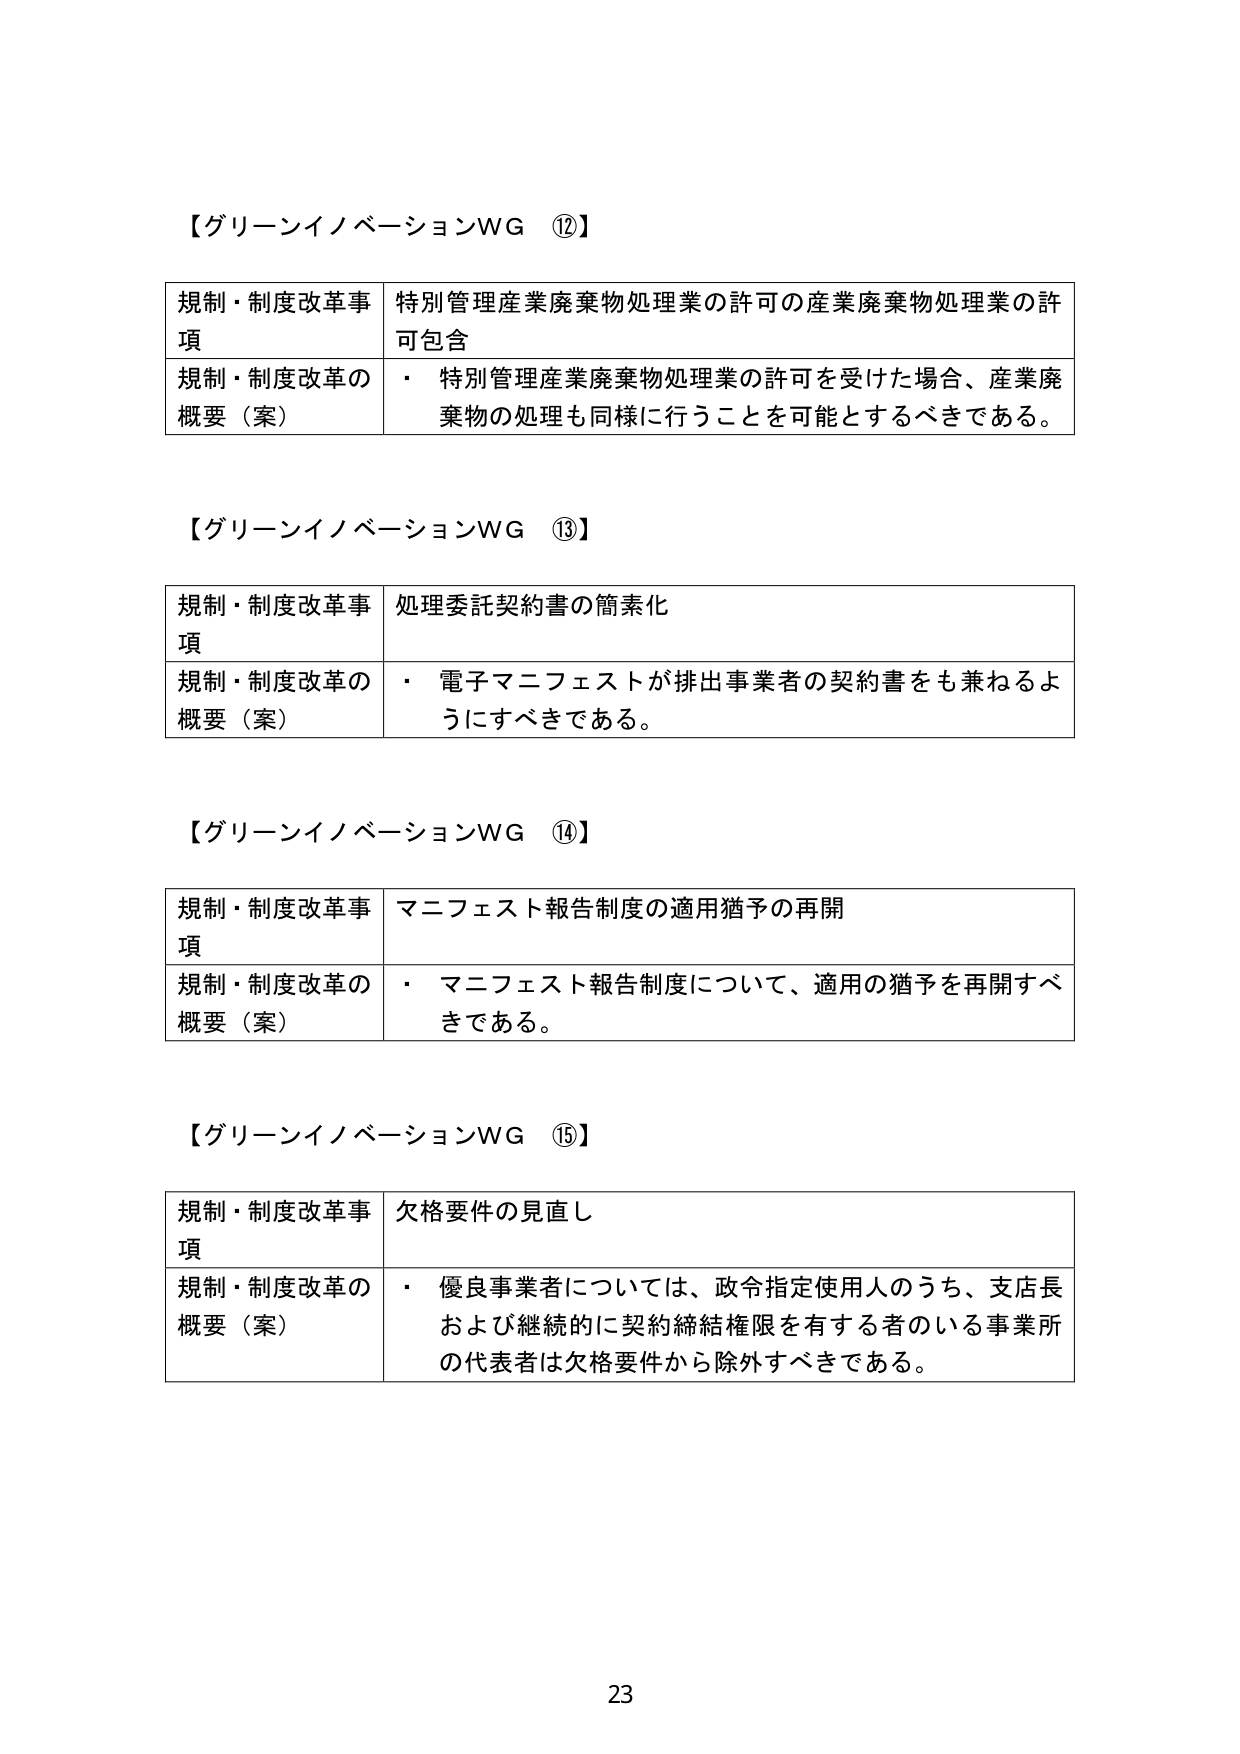
【グリーンイノベーションWG ⑫】

規制・制度改革事項　特別管理産業廃棄物処理業の許可の産業廃棄物処理業の許可包含
規制・制度改革の概要（案）　・　特別管理産業廃棄物処理業の許可を受けた場合、産業廃棄物の処理も同様に行うことを可能とするべきである。

【グリーンイノベーションWG ⑬】

規制・制度改革事項　処理委託契約書の簡素化
規制・制度改革の概要（案）　・　電子マニフェストが排出事業者の契約書をも兼ねるようにすべきである。

【グリーンイノベーションWG ⑭】

規制・制度改革事項　マニフェスト報告制度の適用猶予の再開
規制・制度改革の概要（案）　・　マニフェスト報告制度について、適用の猶予を再開すべきである。

【グリーンイノベーションWG ⑮】

規制・制度改革事項　欠格要件の見直し
規制・制度改革の概要（案）　・　優良事業者については、政令指定使用人のうち、支店長および継続的に契約締結権限を有する者のいる事業所の代表者は欠格要件から除外すべきである。

23